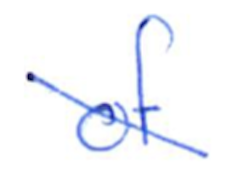
Text: of
Cross-out: diagonal
Writing tool: ballpoint